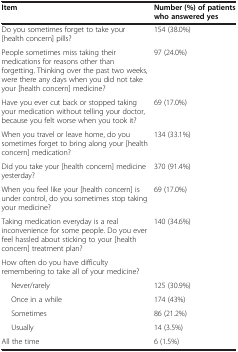
<table><thead><tr><td><b>Item</b></td><td><b>Number (%) of patients who answered yes</b></td></tr></thead><tbody><tr><td>Do you sometimes forget to take your [health concern] pills?</td><td>154 (38.0%)</td></tr><tr><td>People sometimes miss taking their medications for reasons other than forgetting. Thinking over the past two weeks, were there any days when you did not take your [health concern] medicine?</td><td>97 (24.0%)</td></tr><tr><td>Have you ever cut back or stopped taking your medication without telling your doctor, because you felt worse when you took it?</td><td>69 (17.0%)</td></tr><tr><td>When you travel or leave home, do you sometimes forget to bring along your [health concern] medication?</td><td>134 (33.1%)</td></tr><tr><td>Did you take your [health concern] medicine yesterday?</td><td>370 (91.4%)</td></tr><tr><td>When you feel like your [health concern] is under control, do you sometimes stop taking your medicine?</td><td>69 (17.0%)</td></tr><tr><td>Taking medication everyday is a real inconvenience for some people. Do you ever feel hassled about sticking to your [health concern] treatment plan?</td><td>140 (34.6%)</td></tr><tr><td>How often do you have difficulty remembering to take all of your medicine?</td><td>[EMPTY_CELL]</td></tr><tr><td>Never/rarely</td><td>125 (30.9%)</td></tr><tr><td>Once in a while</td><td>174 (43%)</td></tr><tr><td>Sometimes</td><td>86 (21.2%)</td></tr><tr><td>Usually</td><td>14 (3.5%)</td></tr><tr><td>All the time</td><td>6 (1.5%)</td></tr></tbody></table>